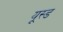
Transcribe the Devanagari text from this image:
यूस्ड